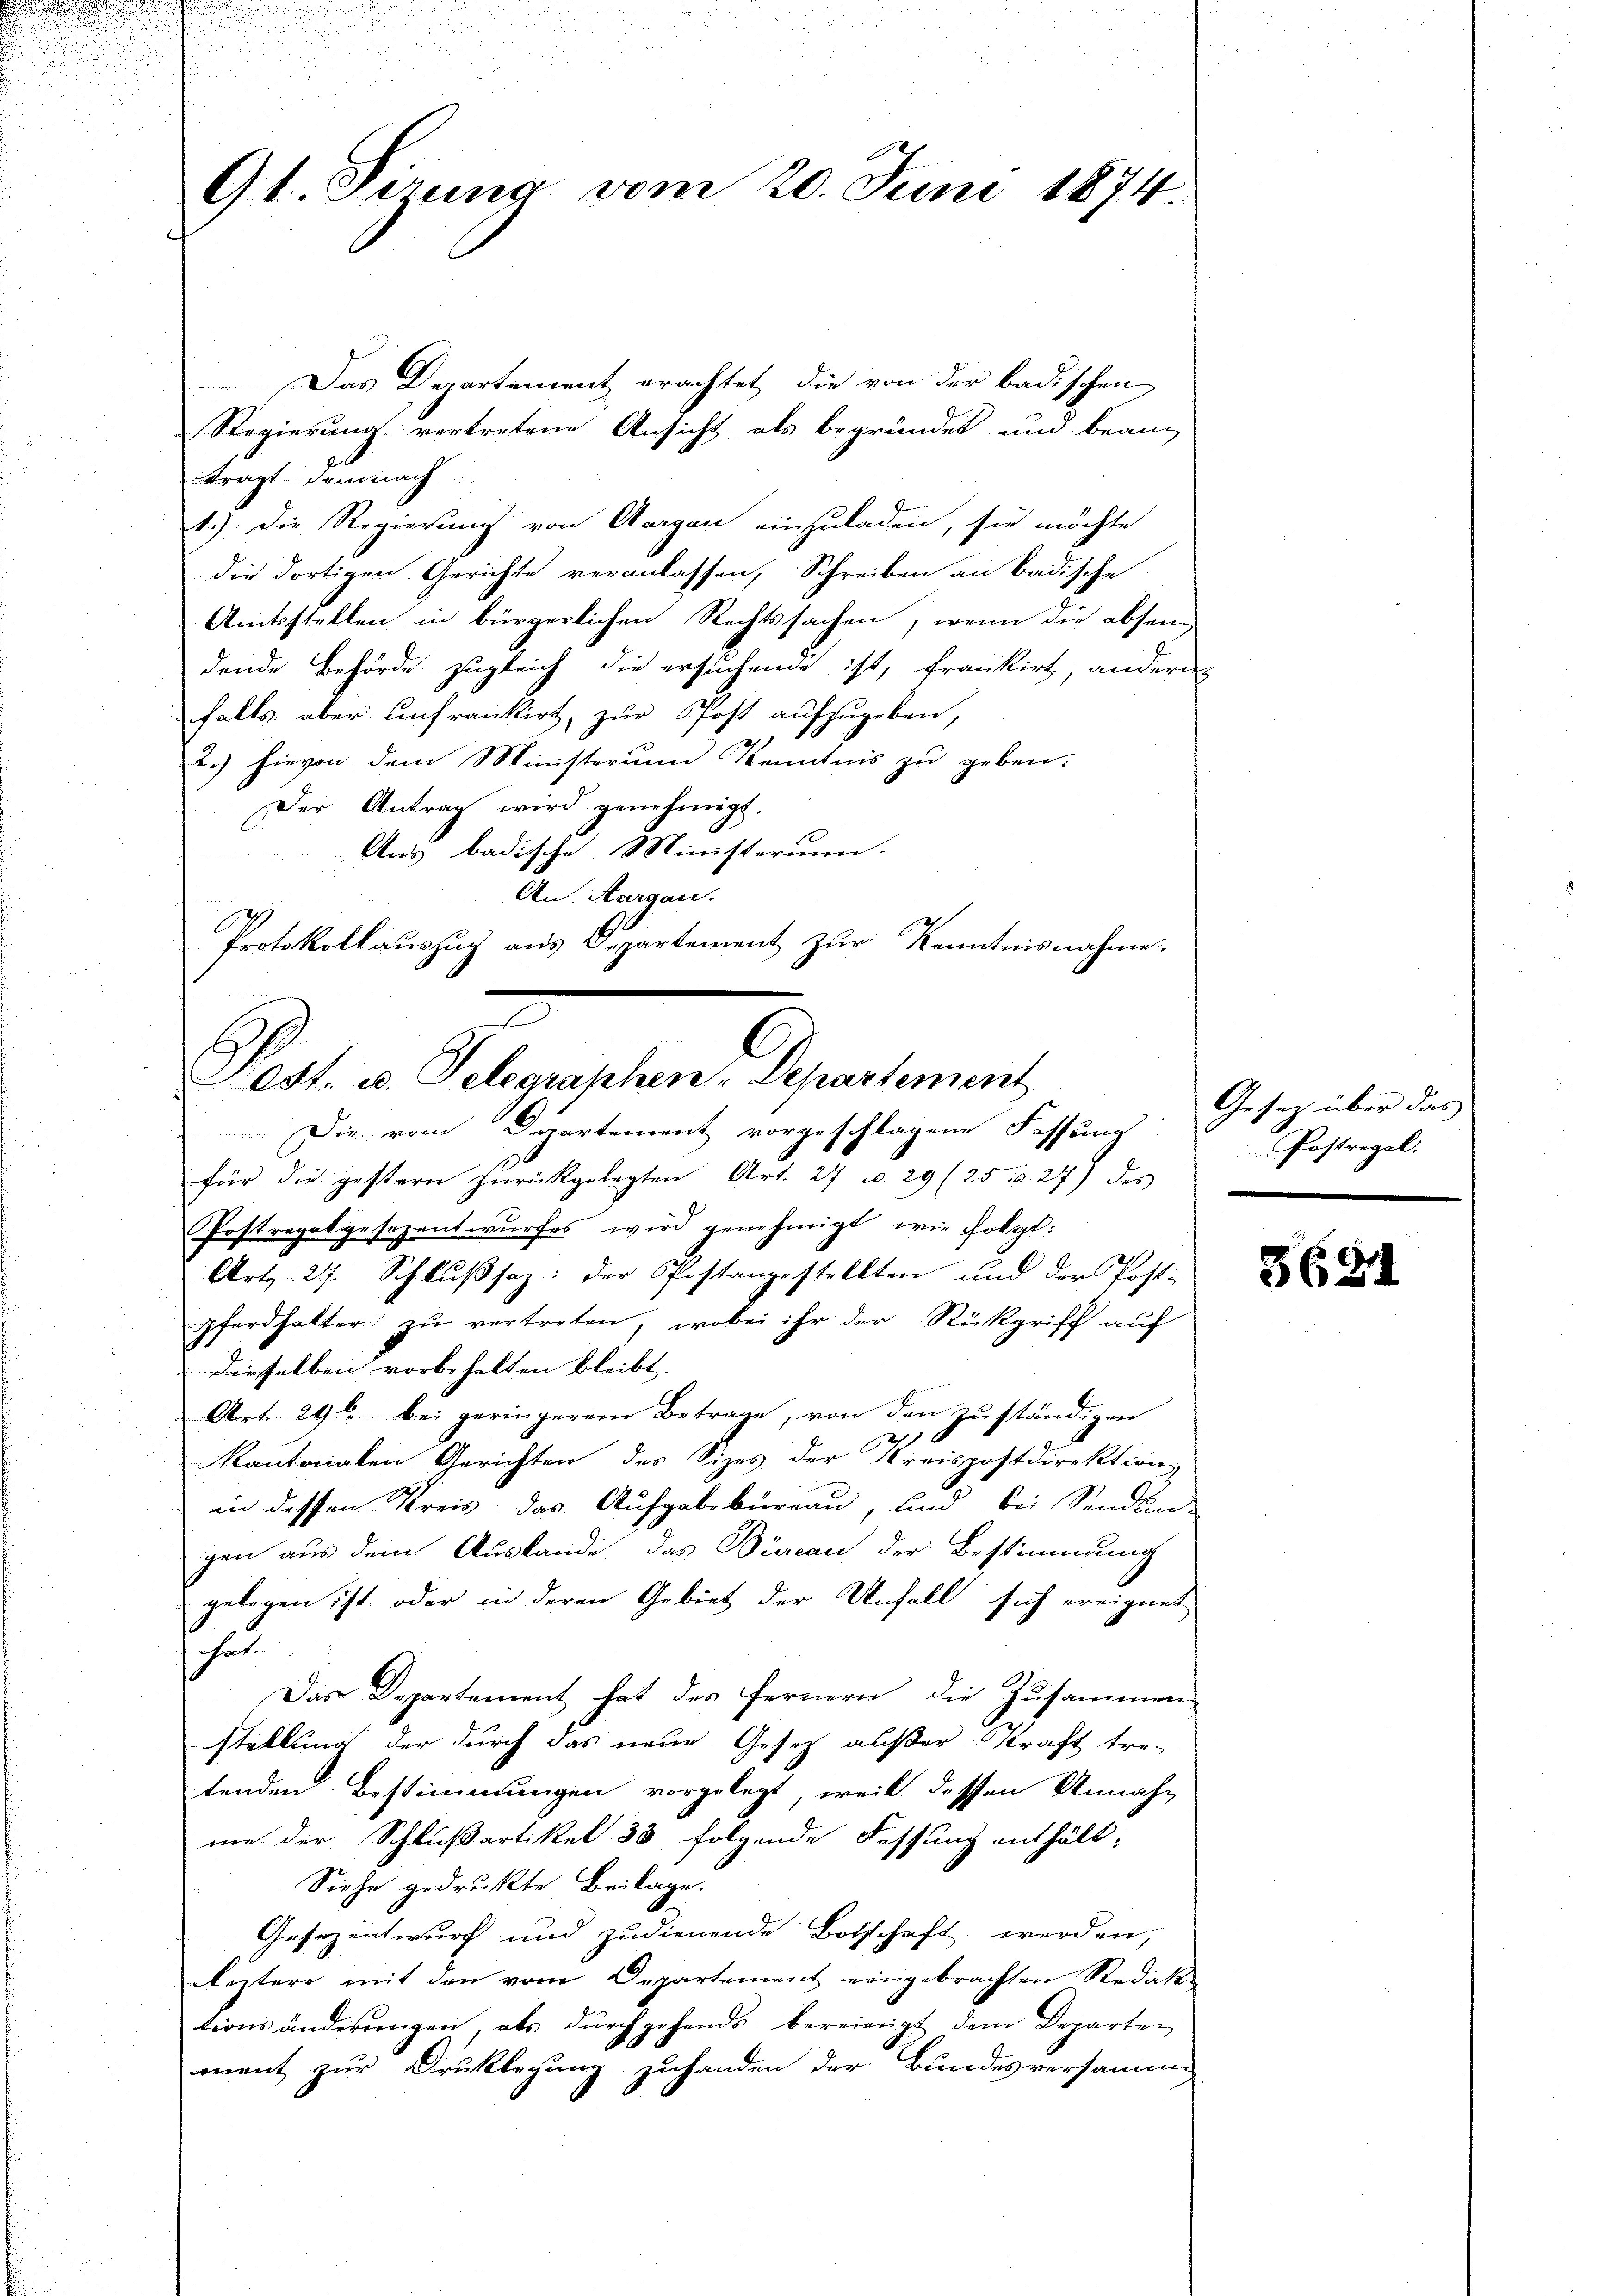
d

5
9t. Sizung vom 20. Juni 1874

Das Departement erachtet die von der badischen
Regierung vertretene Ansicht als begründet und bean
tragt demnach
1.) Die Regierung von Aargau einzuladen, sie möchte
die dortigen Gerichte veranlassen, Schreiben an badische
Amtsstellen in bürgerlichen Rechtssachen, wenn die absen
dende Behörde zugleich die ersuchende ist, frankirt, andern
falls aber Anfrankirt, zur Post aufzugeben,
2.) hievon dem Ministerium Kenntnis zu geben.
Der Antrag wird genehmigt.
Aus badische Ministerium.
An Aargau.
Protokollauszug aus Departement zur Kenntnisnahme

est. u. Telegraphen-Departement
Die vom Departement vorgeschlagene Fassung

für die gestern zŭrückgelegten Art. 27 u. 29 (25 u. 27) des
Postregatgesezentwurfes wird genehmigt, wie folgt:
Art: 27. Schlŭβsaz: der Postangestellten und der Post-
pferdhalter zŭ vertreten, wobei ihr der Rückgriff auf
diesselben vorbehalten bleibt.
Art. 29t bei geringerem Betrage, von den zŭständigen
Kantonalen Gerichten des Sizes der Kreispostdirektion
in dessen Kreis das Aufgabebureau, und bei Sendun-
gen aus dem Auslande, das Büreau der Bestimmung
gelegen ist, oder in deren Gebiet der Unfall sich ereignet
schen
Das Departement hat des fernern die Zusammen
stellung der durch das neue Gesetz außer Kraft tre-
tenden Bestimmungen vorgelegt, weil dessen Annahme der Schlußartikel 33 folgende Fassung enthält:
Siehe gedruckte Beilage.
Gesezentwurf und zudienende Botschaft werden,
leztere mit den vom Departement eingebrachten Redak-
tionsänderŭngen, als dŭrchgehends bereinigt dem Departen
ment zur Druklegung zuhanden der Bundesversamme

Gesetz über das
Postregel.

5684